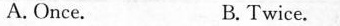
A. Once. B. Twice.